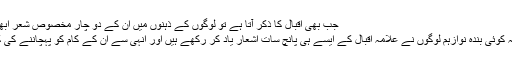
جب بھی اقبال کا ذکر آتا ہے تو لوگوں کے ذہنوں میں ان کے دو چار مخصوص شعر ابھرتے ہیں جیسا کہ
نہ کوئی بندہ رہا نہ کوئی بندہ نوازہم لوگوں نے علامہ اقبال کے ایسے ہی پانچ سات اشعار یاد کر رکھے ہیں اور انہی سے ان کے کام کو پہچاننے کی کوشش کرتے ہیں۔